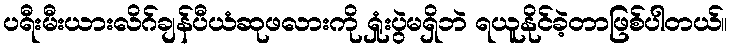
ပရီးမီးယားလိဂ်ချန်ပီယံဆုဖလားကို ရှုံးပွဲမရှိဘဲ ရယူနိုင်ခဲ့တာဖြစ်ပါတယ်။